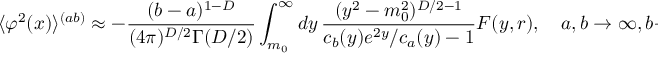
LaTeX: \langle \varphi ^ { 2 } ( x ) \rangle ^ { ( a b ) } \approx - \frac { ( b - a ) ^ { 1 - D } } { ( 4 \pi ) ^ { D / 2 } \Gamma ( D / 2 ) } \int _ { m _ { 0 } } ^ { \infty } d y \, \frac { ( y ^ { 2 } - m _ { 0 } ^ { 2 } ) ^ { D / 2 - 1 } } { c _ { b } ( y ) e ^ { 2 y } / c _ { a } ( y ) - 1 } F ( y , r ) , \quad a , b \to \infty , b - a = { \mathrm { c o n s t } } .